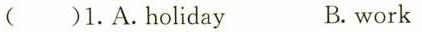
()1.A.holiday B.work